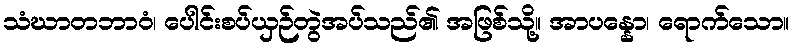
သံဃာတဘာဝံ၊ ပေါင်းစပ်ယှဉ်တွဲအပ်သည်၏ အဖြစ်သို့။ အာပန္နော၊ ရောက်သော။